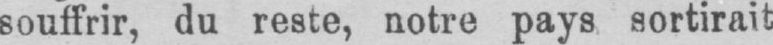
souffrir, du reste, notre pays sortirait